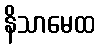
နိသာမေထ